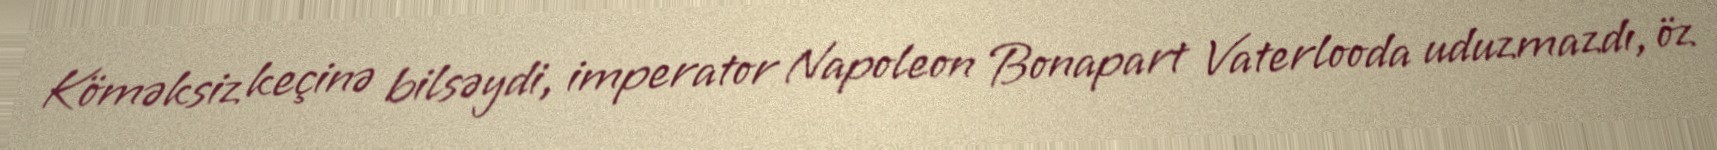
Köməksiz keçinə bilsəydi, imperator Napoleon Bonapart Vaterlooda uduzmazdı, öz